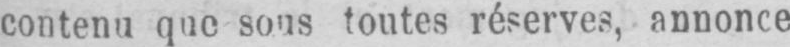
toutes réserves, annonce